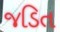
જડિત